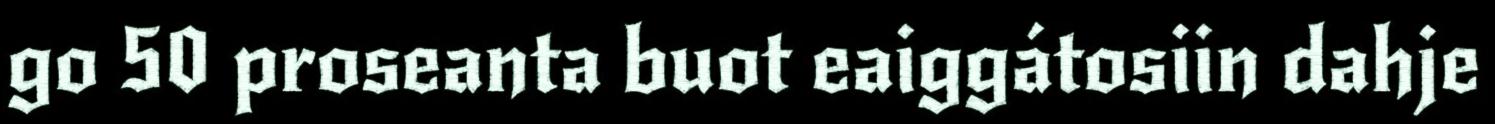
go 50 proseanta buot eaiggátosiin dahje